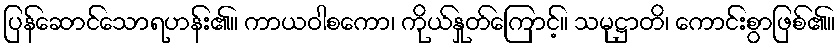
ပြန်ဆောင်သောရဟန်း၏။ ကာယဝါစကော၊ ကိုယ်နှုတ်ကြောင့်။ သမုဋ္ဌာတိ၊ ကောင်းစွာဖြစ်၏။